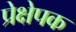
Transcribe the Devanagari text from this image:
प्रेक्षेपक